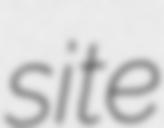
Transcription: site